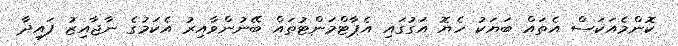
ކޮންމެއަކަސް އެތައް ބަޔަކު ހެޔޮ އަގުގައި އެޕާޓްމަންޓުތައް ބޭނުންވާއިރު އެކަމުގެ ނާޖާއިޒު ފައިދާ